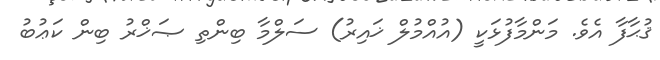
ޤުޙާފާ އެވެ. މަންމާފުޅަކީ (އުއްމުލް ޚައިރު) ސަލްމާ ބިންތި ޞަޚްރު ބިން ކަޢުބު